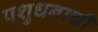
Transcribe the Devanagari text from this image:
पशुधनाची